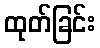
ထုတ်ခြင်း